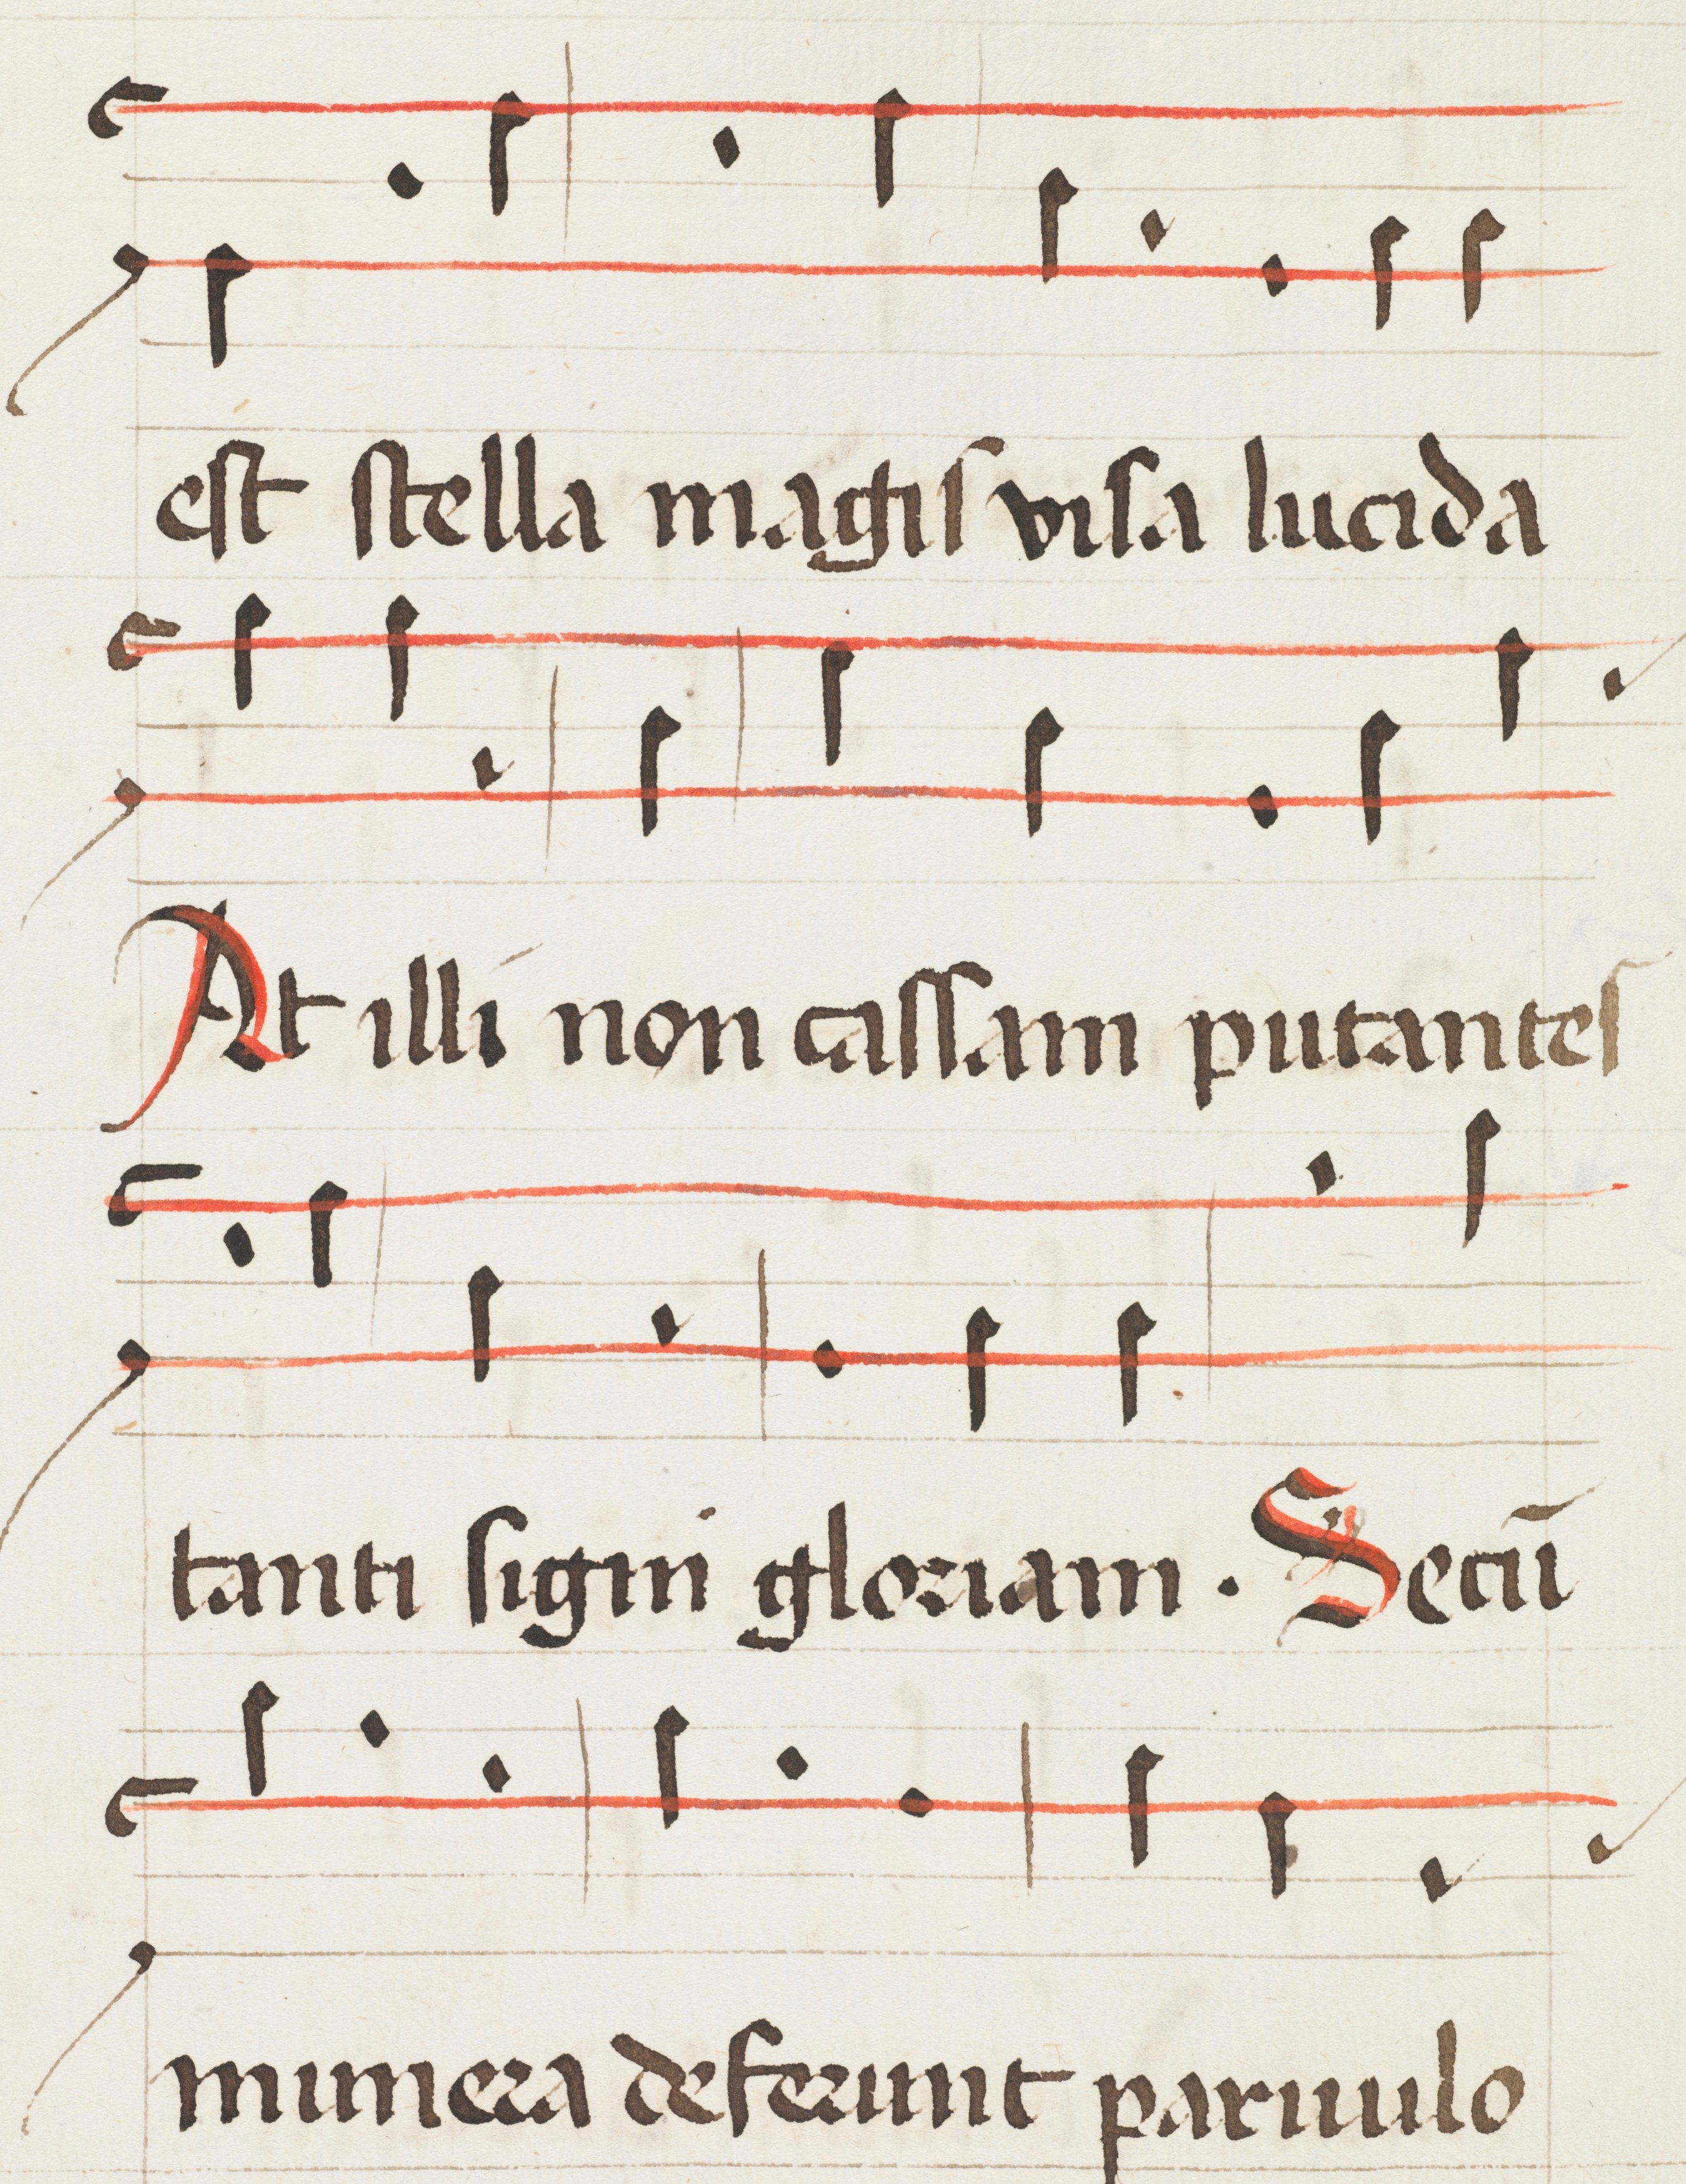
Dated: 1475–1499